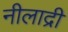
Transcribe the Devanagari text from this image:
नीलाद्री